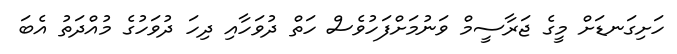
ހަށިގަނޑަށް މީގެ ޖަރާސީމް ވަނުމަށްފަހުވެސް ހަތް ދުވަހާއި ދިހަ ދުވަހުގެ މުއްދަތު އެބަ